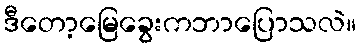
ဒီတော့မြေခွေးကဘာပြောသလဲ။